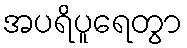
အပရိပူရေတွာ